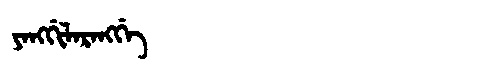
Manchu: ᠶᠠᠩᡤᡳᠯᠠᡵᠠᠩᡤᡝ
Romanization: YANGGILARANGGE